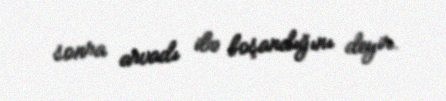
sonra arvadı ilə boşandığını deyir.